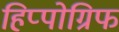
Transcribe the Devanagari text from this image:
हिप्पोग्रिफ